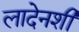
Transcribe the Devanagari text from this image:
लादेनशी